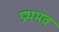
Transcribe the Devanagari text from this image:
प्रथमव